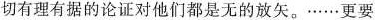
切有理有据的论证对他们都是无的放矢。……更要